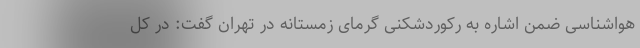
هواشناسی ضمن اشاره به رکوردشکنی گرمای زمستانه در تهران گفت: در کل